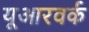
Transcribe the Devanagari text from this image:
यूआरवर्क